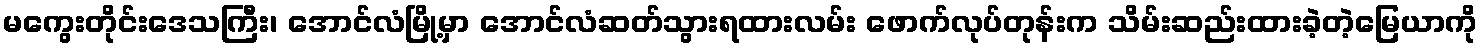
မကွေးတိုင်းဒေသကြီး၊ အောင်လံမြို့မှာ အောင်လံဆတ်သွားရထားလမ်း ဖောက်လုပ်တုန်းက သိမ်းဆည်းထားခဲ့တဲ့မြေယာကို